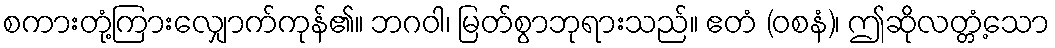
စကားတုံ့ကြားလျှောက်ကုန်၏။ ဘဂဝါ၊ မြတ်စွာဘုရားသည်။ ဧတံ (ဝစနံ)၊ ဤဆိုလတ္တံ့သော